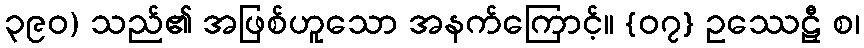
၃၉၀) သည်၏ အဖြစ်ဟူသော အနက်ကြောင့်။ {၀၇} ဥဿေဠှီ စ၊